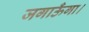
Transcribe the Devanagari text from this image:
जगाऊँगा।